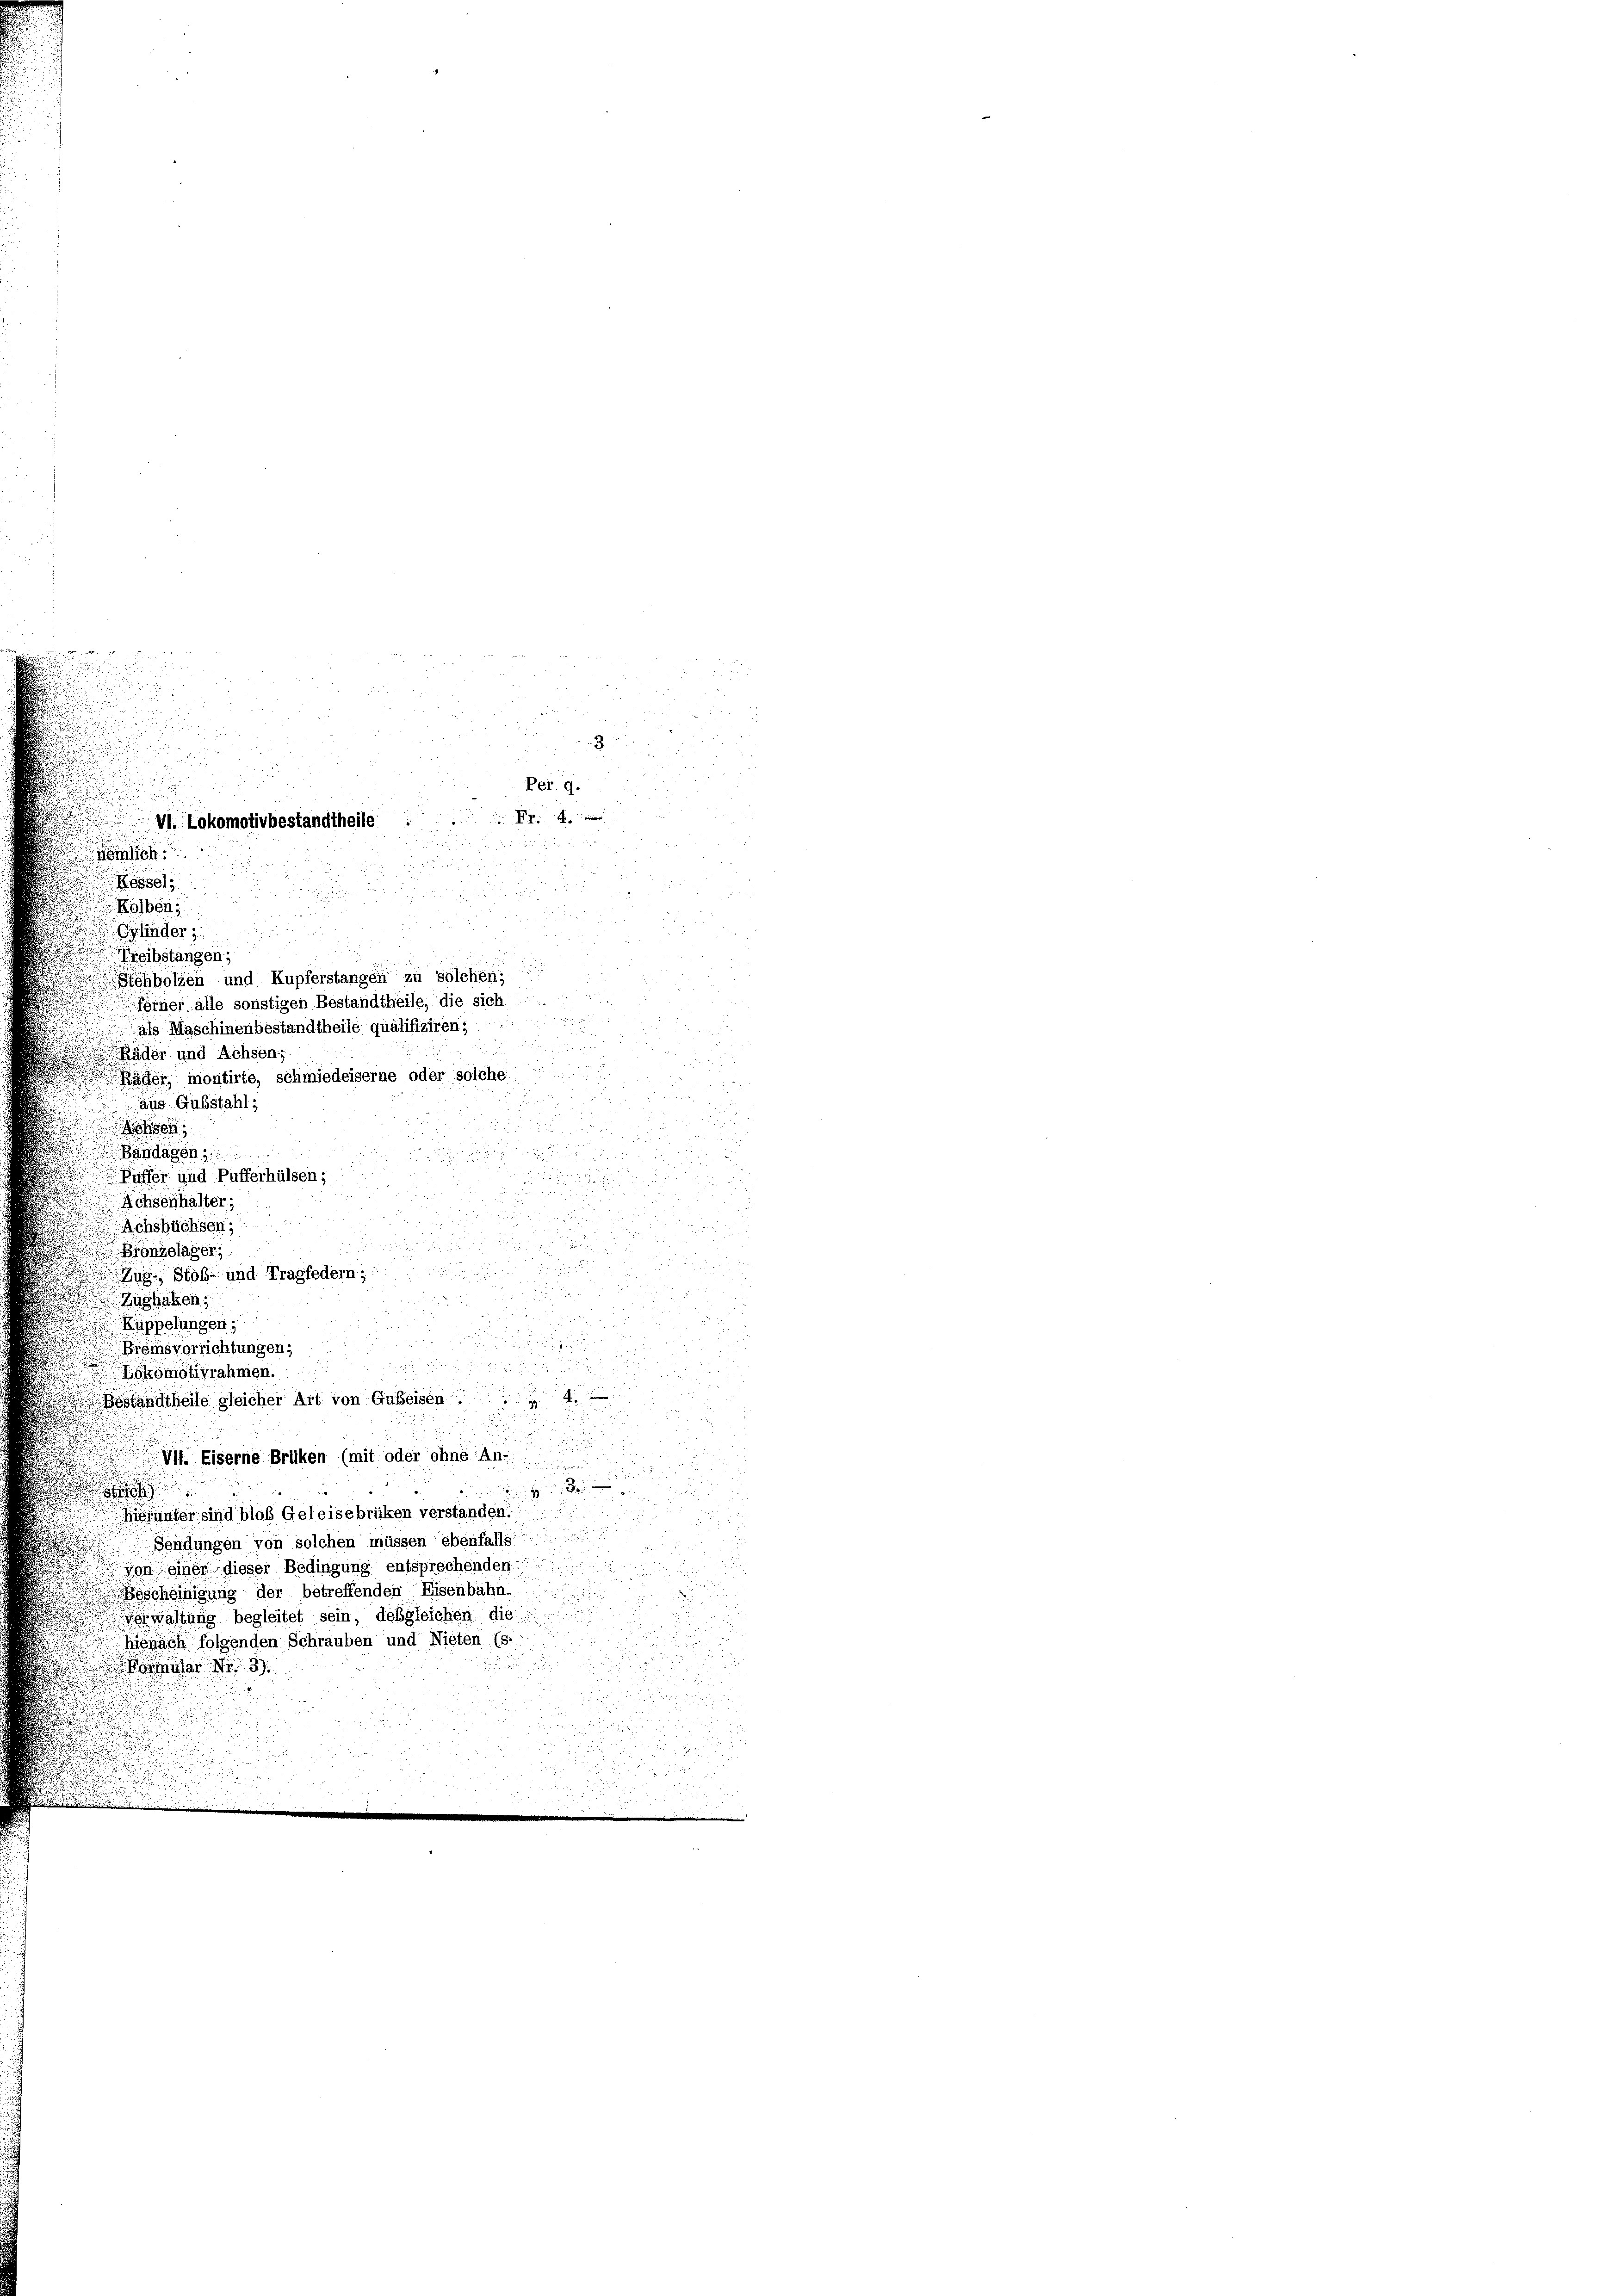
VII. Lokomotivbestandtheile

untin Memlich
Kessel

Kölben
u

i
pfinder
165 x
Freibstangen.
u
chholzen und Kupferstangen zu solchen.

förner alle sonstigen Bestandtheile, die sich

Räder und Achsen;

Räder, montirte, schmiedeiserne oder solche
aus. Gubstahl;
0
.
Bandagen,
d

Püffer und Pufferhülsen;
u
n
Achsenhalter;
Achsbüchsen;
n
u
Bronzelager,

Zug, Stoß- und Tragfedern;

Zughaken,

Küppelungen;
.

Brömsvorrichtungen;

Lokomotivrahmen.
Beständtheile gleicher Art von Gubeisen. 4.
57

VI Eiserne Brüken (mit oder ohne An-

Bierunter sind bloß Geleisebrüken verständen.
Sendungen von solchen müssen ebenfalls

von einer dieser Bedingung entsprechenden
Bescheinigung der betreffenden Eisenbahn-
Verwaltung begleitet sein, desgleichen die
hifnach folgenden Schrauben und Nieten (s.

mular 3

als Maschinenbestandtheile qualifiziren.

Per. g.
4

25